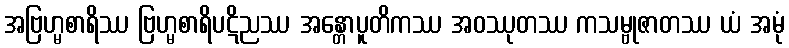
အဗြဟ္မစာရိဿ ဗြဟ္မစာရိပဋိညဿ အန္တောပူတိကဿ အဝဿုတဿ ကသမ္ဗုဇာတဿ ယံ အမုံ